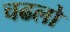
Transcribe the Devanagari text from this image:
चढलो